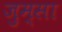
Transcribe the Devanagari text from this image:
जुम्सा